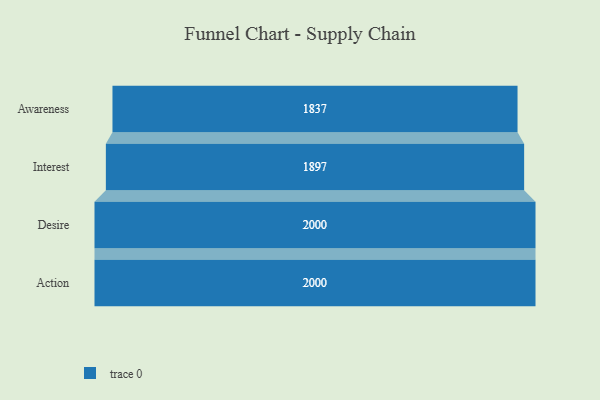
{"axis": {"x": "Stage", "y": "Value"}, "legend": [""], "data": [{"x": "Awareness", "y": 1837.0, "type": ""}, {"x": "Interest", "y": 1897.0, "type": ""}, {"x": "Desire", "y": 2000, "type": ""}, {"x": "Action", "y": 2000, "type": ""}]}